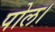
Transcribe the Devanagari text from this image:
पोल।